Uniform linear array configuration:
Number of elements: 16
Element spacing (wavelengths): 1
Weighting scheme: binomial
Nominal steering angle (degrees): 60
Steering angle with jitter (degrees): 60.549
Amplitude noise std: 0.05
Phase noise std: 0.05

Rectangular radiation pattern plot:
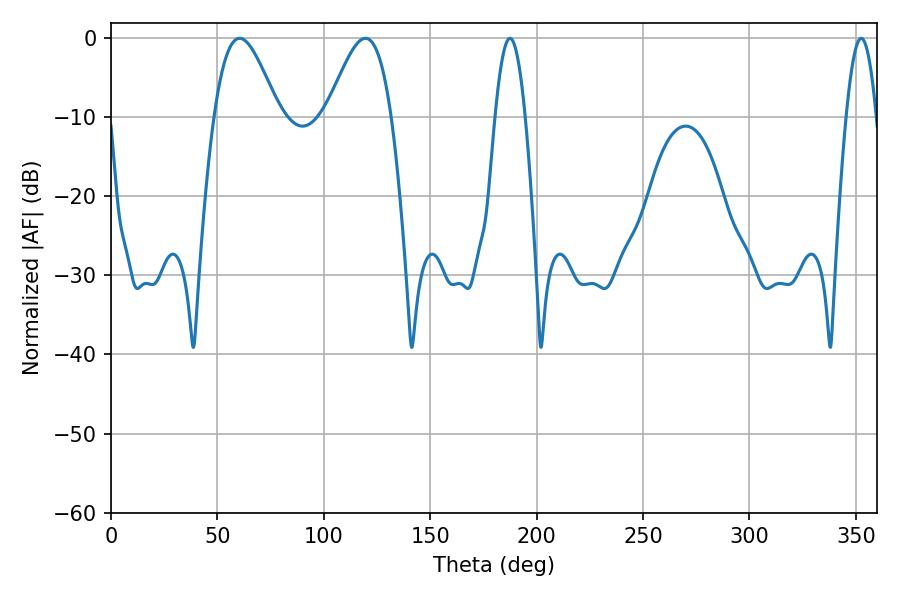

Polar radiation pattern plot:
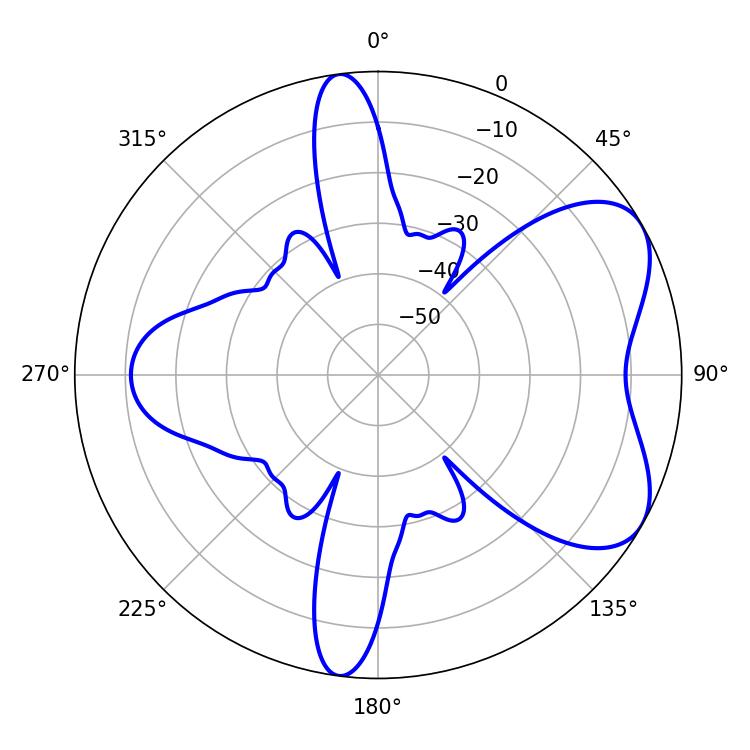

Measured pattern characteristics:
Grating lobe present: TRUE
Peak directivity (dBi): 5.994
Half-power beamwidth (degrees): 16.2
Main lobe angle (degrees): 60.48